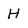
Character: H